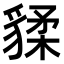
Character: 𧳨